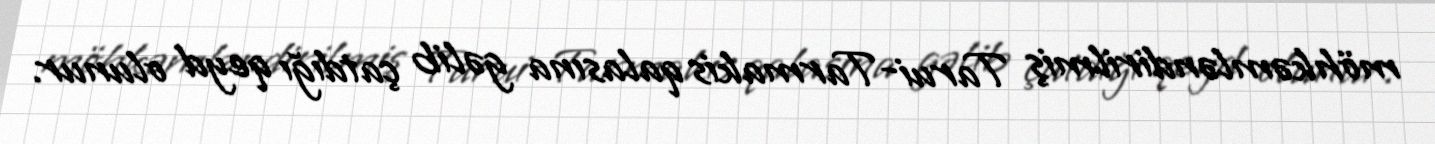
möhkəmləndirilmiş Tarui-Tarmakis qalasına gəlib çatdığı qeyd olunur.